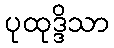
ပုထုဒ္ဒိသာ